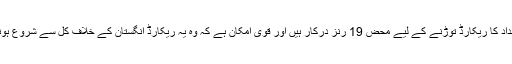
واضح رہے کہ یونس خان کو جاوید میانداد کا ریکارڈ توڑنے کے لیے محض 19 رنز درکار ہیں اور قوی امکان ہے کہ وہ یہ ریکارڈ انگستان کے خلاف کل سے شروع ہونے والی سیریز میں باآسانی توڑدیں گے۔